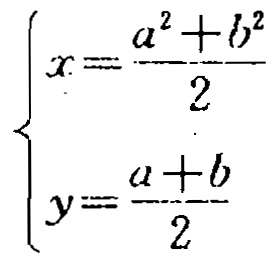
\[

\begin{cases}

x = \frac{a^{2}+b^{2}}{2}\\

y = \frac{a + b}{2}

\end{cases}

\]